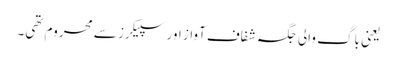
یعنی باگ والی جگہ شفاف آواز اور سپیکرز سے محروم تھی۔